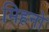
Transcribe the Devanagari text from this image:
मिहनो